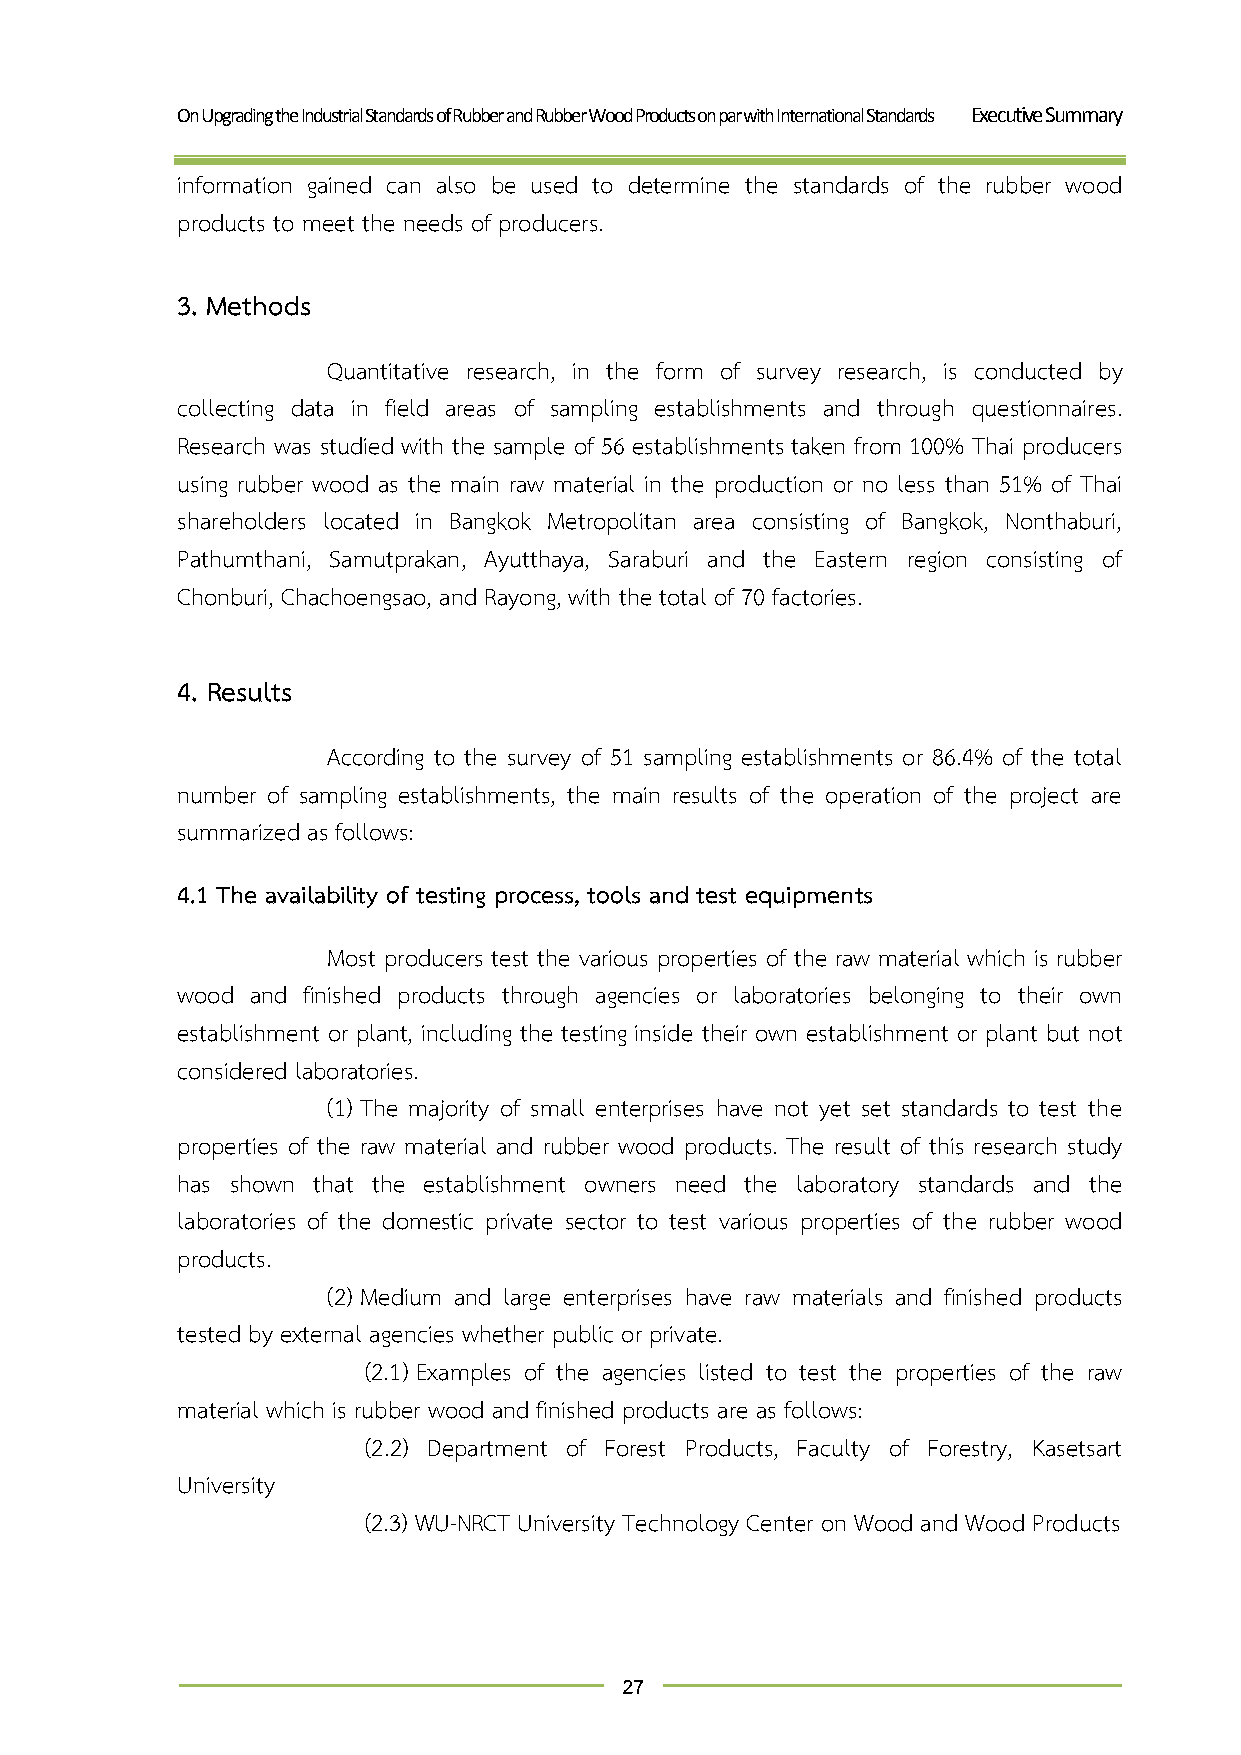
On Upgrading the Industrial Standards of Rubber and Rubber Wood Products on par with International Standards Executive Summary
 information gained can also be used to determine the standards of the rubber wood
 products to meet the needs of producers.
 3. Methods
 Quantitative research, in the form of survey research, is conducted by
 collecting data in field areas of sampling establishments and through questionnaires.
 Research was studied with the sample of 56 establishments taken from 100% Thai producers
 using rubber wood as the main raw material in the production or no less than 51% of Thai
 shareholders located in Bangkok Metropolitan area consisting of Bangkok, Nonthaburi,
 Pathumthani, Samutprakan, Ayutthaya, Saraburi and the Eastern region consisting of
 Chonburi, Chachoengsao, and Rayong, with the total of 70 factories.
 4. Results
 According to the survey of 51 sampling establishments or 86.4% of the total
 number of sampling establishments, the main results of the operation of the project are
 summarized as follows:
 4.1 The availability of testing process, tools and test equipments
 Most producers test the various properties of the raw material which is rubber
 wood and finished products through agencies or laboratories belonging to their own
 establishment or plant, including the testing inside their own establishment or plant but not
 considered laboratories.
 (1) The majority of small enterprises have not yet set standards to test the
 properties of the raw material and rubber wood products. The result of this research study
 has shown that the establishment owners need the laboratory standards and the
 laboratories of the domestic private sector to test various properties of the rubber wood
 products.
 (2) Medium and large enterprises have raw materials and finished products
 tested by external agencies whether public or private.
 (2.1) Examples of the agencies listed to test the properties of the raw
 material which is rubber wood and finished products are as follows:
 (2.2) Department of Forest Products, Faculty of Forestry, Kasetsart
 University
 (2.3) WU-NRCT University Technology Center on Wood and Wood Products
 27